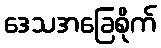
ဒေသအခြေစိုက်